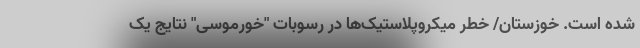
شده است. خوزستان/ خطر میکروپلاستیک‌ها در رسوبات "خورموسی" نتایج یک